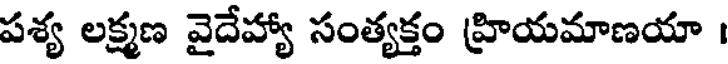
పశ్య లక్ష్మణ వైదేహ్యా సంత్యక్తం హ్రియమాణయా ।